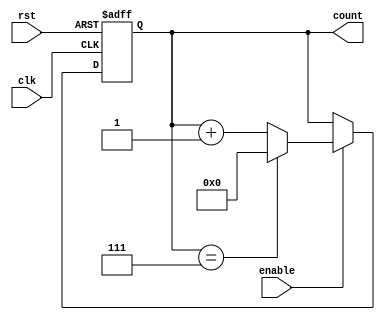
module ModuloN_Up_Counter (
    input wire clk,
    input wire rst,
    input wire enable,
    output reg [N-1:0] count
);

parameter N = 8; // N-bit counter

always @(posedge clk or posedge rst) begin
    if (rst) begin
        count <= 0;
    end else begin
        if (enable) begin
            if (count == N-1) begin
                count <= 0;
            end else begin
                count <= count + 1;
            end
        end
    end
end

endmodule